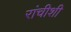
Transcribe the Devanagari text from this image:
रांचीशी